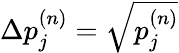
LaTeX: \Delta p_{j}^{(n)}=\sqrt{p_{j}^{(n)}}